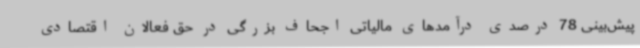
پیش‌بینی 78 درصدی درآمدهای مالیاتی اجحاف بزرگی در حق فعالان اقتصادی